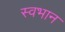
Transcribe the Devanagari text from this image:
स्वभान